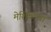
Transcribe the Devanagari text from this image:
मेशिकांचा